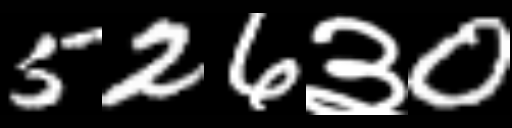
Text: 526३0